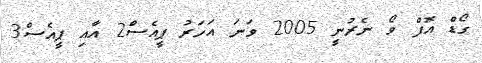
ގޯޑް އޮފް ވޯ ނެރުނީ 2005 ވަނަ އަހަރު ޕީއެސް2 އާއި ޕީއެސް3